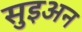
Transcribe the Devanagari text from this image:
सुइअन